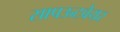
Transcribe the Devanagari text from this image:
सापऊटवेयर